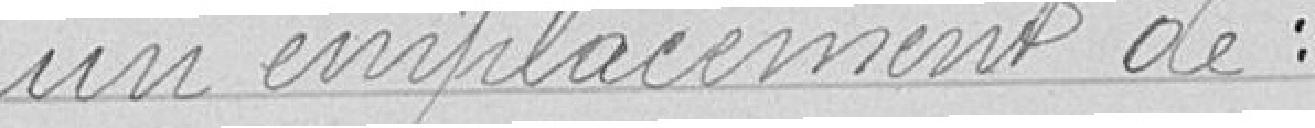
un emplacement de :